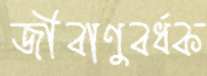
জীবাণুবর্ধক